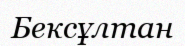
Бексұлтан